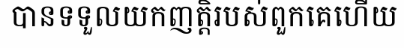
បានទទួលយកញត្តិរបស់ពួកគេហើយ